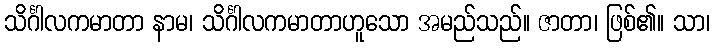
သိင်္ဂါလကမာတာ နာမ၊ သိင်္ဂါလကမာတာဟူသော အမည်သည်။ ဇာတာ၊ ဖြစ်၏။ သာ၊